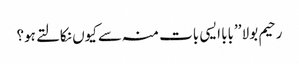
رحیم بولا ’’بابا ایسی بات منہ سے کیوں نکالتے ہو؟